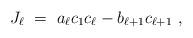
LaTeX: \begin{align*} J_\ell \ = \ a_\ell c_1c_\ell-b_{\ell+1}c_{\ell+1} \ , \end{align*}